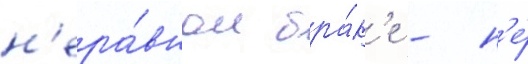
н'ера́вном бра́к'е - н'е́